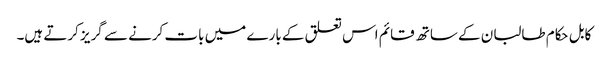
کابل حکام طالبان کے ساتھ قائم اس تعلق کے بارے میں بات کرنے سے گریز کرتے ہیں۔